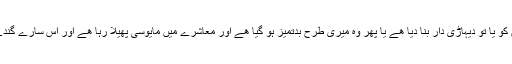
اسی گندے کھیل نے ایماندار نظریاتی کارکن کو یا تو دیہاڑی دار بنا دیا ھے یا پھر وہ میری طرح بدتمیز ہو گیا ھے اور معاشرے میں مایوسی پھیلا رہا ھے اور اس سارے گندے کھیل کی آبیاری تیسری قوت نے کی ھے۔